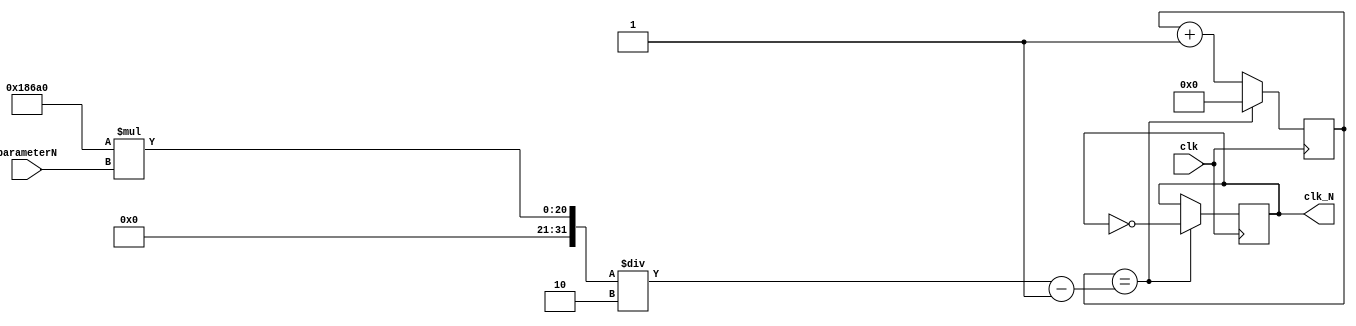
`timescale 1ns / 1ps
/*
    N 
*/
module divider
#(parameter N = 100_000)
 (clk,parameterN,clk_N);
    input clk;                      // 
    input [3:0] parameterN;              //
    output reg clk_N;               // 
    reg [31:0] counter;             /* 
                                   0(N/2-1)
                                    */
initial begin
   counter = 0; 
   clk_N = 0;
end
always @(posedge clk)  begin    // 
    if(counter == N*parameterN/2 - 1)begin 
    	counter = 0;
    	clk_N = ~clk_N;
    end
    else 	counter = counter + 1;
end                           
endmodule